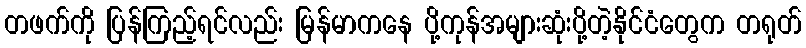
တဖက်ကို ပြန်ကြည့်ရင်လည်း မြန်မာကနေ ပို့ကုန်အများဆုံးပို့တဲ့နိုင်ငံတွေက တရုတ်